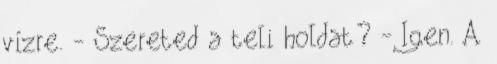
vízre. - Szereted a teli holdat? - Igen. A